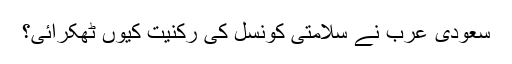
سعودی عرب نے سلامتی کونسل کی رکنیت کیوں ٹھکرائی؟